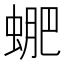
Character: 𧌳